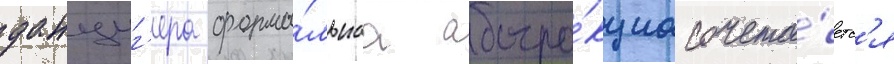
данциг'ера форма́льнаа абстра́кциа сочета́етс'я